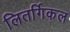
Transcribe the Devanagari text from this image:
लितर्गिकल